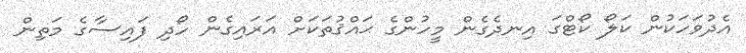
އެދުވަހަކުން ކަލޯ ކޯޓްގަ އިނދެގެން މީހުންގެ ޙައްޤުތަކަށް އަރައިގެން ހޯދި ފައިސާގެ މަތިން